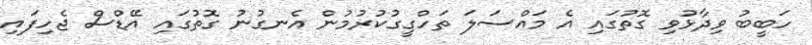
ހަބީބު ވިދާޅުވި ގޮތުގައި އެ މައްސަލަ ތަހްގީގުކުރުމުން އެނގުނު ގޮތުގައި އޭޑްސް ޖެހިފައި